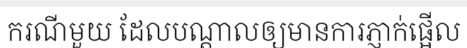
ករណីមួយ ដែលបណ្តាលឲ្យមានការភ្ញាក់ផ្អើល